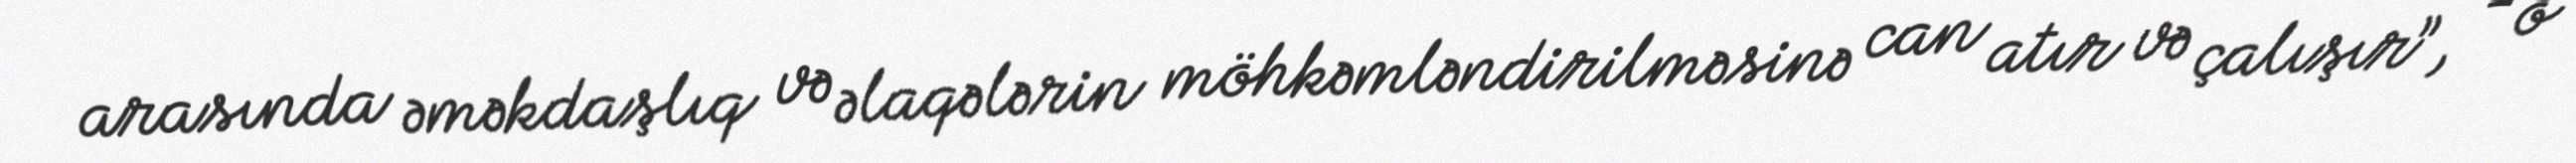
arasında əməkdaşlıq və əlaqələrin möhkəmləndirilməsinə can atır və çalışır”, - o